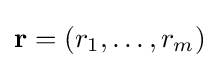
{\textbf {r}}=(r_{1},\ldots ,r_{m})